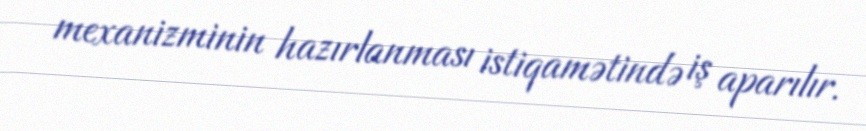
mexanizminin hazırlanması istiqamətində iş aparılır.